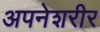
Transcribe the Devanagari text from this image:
अपनेशरीर